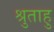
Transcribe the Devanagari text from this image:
श्रुताहु